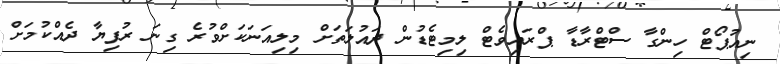
ނިއުޕޯޓް ހިންގާ ސްޓްރާޑާ ޕްރައިވެޓް ލިމިޓެޑުން ދައުލަތަށް މިލިއަނަކަށްވުރެ ގިނަ ރުފިޔާ ދެއްކުމަށް